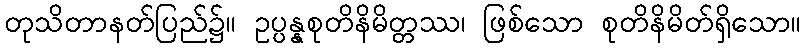
တုသိတာနတ်ပြည်၌။ ဥပ္ပန္နစုတိနိမိတ္တဿ၊ ဖြစ်သော စုတိနိမိတ်ရှိသော။